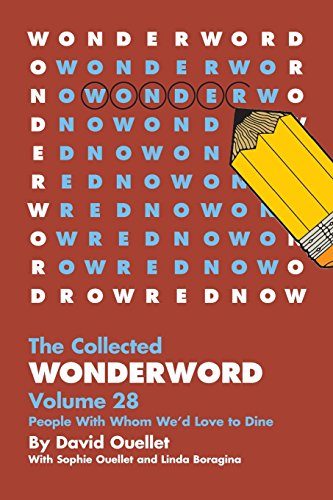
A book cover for WonderWord Volume 28; David Ouellet; Humor & Entertainment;